Scottish Leaving Certificate Examination, 1957
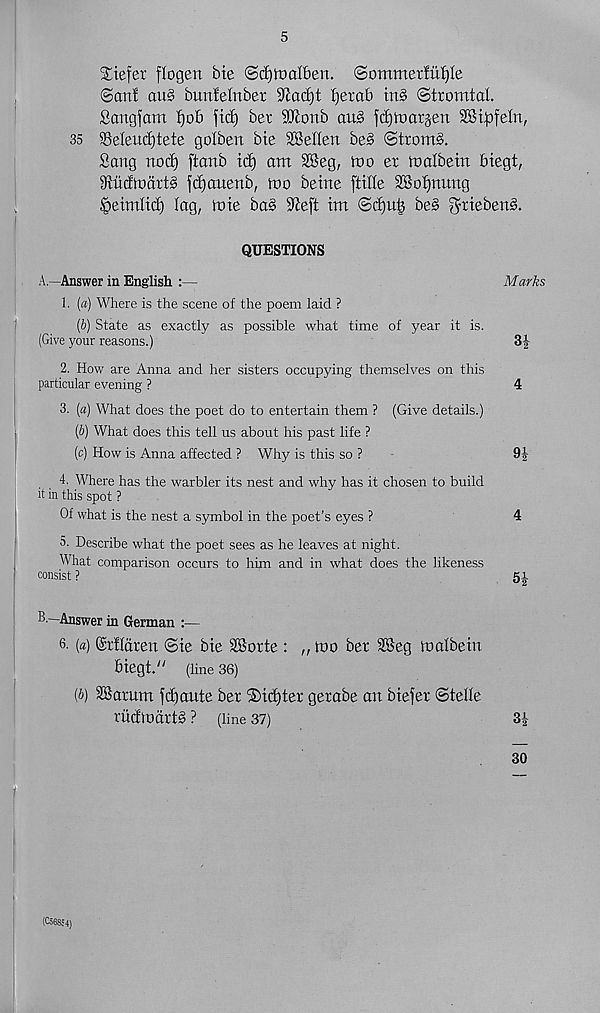
5
liefer flogen bte ®d)ft)albeit. Sommetful)le
©an! ait§ bunfelnber 9cac£)t Ijetab tub ©trorntal
Sangfam !)ob fid) bet SKonb au§ fd)ft)atjeft SBipfeln,
35 SSeIeud)tete golben bte pellen be§ ©trom§.
Sang nod) ftanb id) ant 2Beg, too et toalbetn biegt,
iRudtoartS fdjanenb, too beine ftide SBofjnung
^etmltd) lag, tote ba§ S^eft tm ©d)ui3 be§ ^ttebenS.
QUESTIONS
A.—Answer in English :—
Marks
1. [a) Where is the scene of the poem laid ?
(6) State as exactly as possible what time of year it is.
(Give your reasons.)
3|
2. How are Anna and her sisters occupying themselves on this
particular evening ?
4
3. [a) What does the poet do to entertain them ? (Give details.)
{b) What does this tell us about his past life ?
(c) How is Anna affected ? Why is this so ?
9|
4. Where has the warbler its nest and why has it chosen to build
it in this spot ?
Of what is the nest a symbol in the poet’s eyes ?
4
5. Describe what the poet sees as he leaves at night.
What comparison occurs to him and in what does the likeness
consist ?
5i
B—Answer in German :—
6. (a) (Mlaten ©te Me 28otie : „ ft>o bet 2Beg ft)albein
Megt." (line 36)
[b) 28arum fdjaute bet ®id)tet gerabe an biefet ©telle
rudftldtts ? (line 37)
SJ
30
(Co68c4)